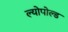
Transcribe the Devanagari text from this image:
ल्योपोल्ड